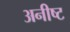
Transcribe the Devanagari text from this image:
अनीष्ट